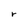
Character: r